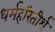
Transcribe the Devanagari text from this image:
धर्महरितीर्थ